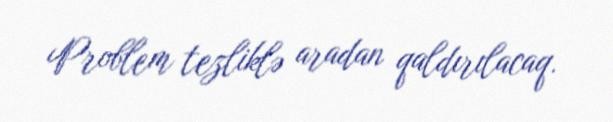
Problem tezliklə aradan qaldırılacaq.